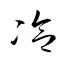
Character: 冾